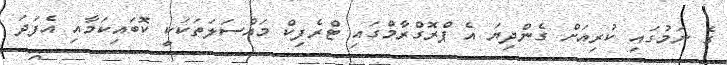
ގެ ނަމުގައި ކުރިއަށް ގެންދިޔަ އެ ޕްރޮގްރާމްގައި ޓްރެފިކް މައްސަލަތަކަކީ ކޮބައިކަމާއި އެފަދަ